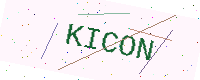
Text: KICON